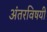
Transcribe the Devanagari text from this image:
अंतरविषयी